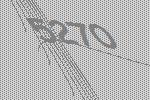
5270